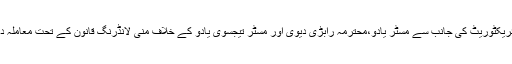
انفورسمنٹ ڈائریکٹوریٹ کی جانب سے مسٹر یادو،محترمہ رابڑی دیوی اور مسٹر تیجسوی یادو کے خلاف منی لانڈرنگ قانون کے تحت معاملہ درج کیاگیا تھا۔